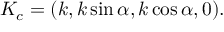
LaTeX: K _ { c } = ( k , k \sin \alpha , k \cos \alpha , 0 ) .